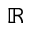
\mathbb { R }